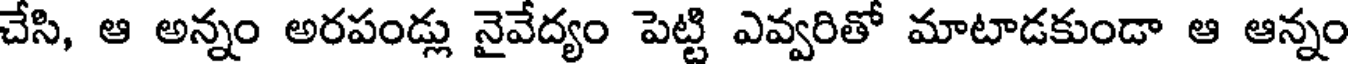
చేసి, ఆ అన్నం అరపండ్లు నైవేద్యం పెట్టి ఎవ్వరితో మాటాడకుండా ఆ ఆన్నం